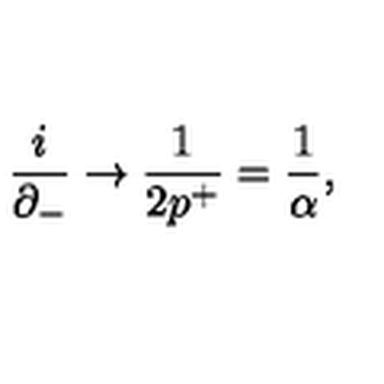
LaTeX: \frac { i } { \partial _ { - } } \rightarrow \frac { 1 } { 2 p ^ { + } } = \frac { 1 } { \alpha } ,